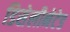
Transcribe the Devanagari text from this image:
डिसेलीनेटेड